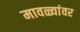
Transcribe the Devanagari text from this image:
मावळ्यांवर